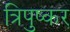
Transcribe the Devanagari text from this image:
त्रिपुष्कर